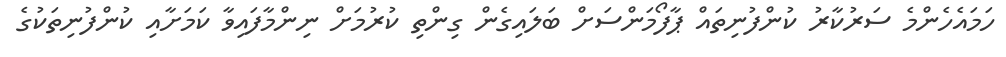
ހަމައެހެންމެ ސަރުކާރު ކުންފުނިތައް ޕާފޯމަންސަށް ބަލައިގެން ގިންތި ކުރުމަށް ނިންމާފައިވާ ކަމަށާއި ކުންފުނިތަކުގެ